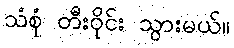
သံစုံ တီးဝိုင်း သွားမယ်။